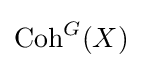
\operatorname {Coh} ^{G}(X)